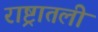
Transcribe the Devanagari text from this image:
राष्ट्रातली